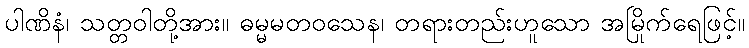
ပါဏိနံ၊ သတ္တဝါတို့အား။ ဓမ္မမတဝသေန၊ တရားတည်းဟူသော အမြိုက်ရေဖြင့်။